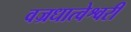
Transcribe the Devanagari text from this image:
वज्रधात्वेश्वरी